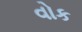
વોક